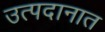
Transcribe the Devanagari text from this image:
उत्पदानात